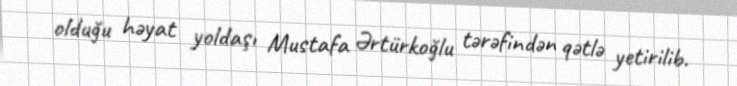
olduğu həyat yoldaşı Mustafa Ərtürkoğlu tərəfindən qətlə yetirilib.